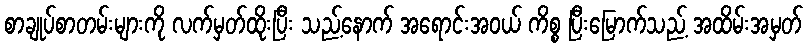
စာချုပ်စာတမ်းများကို လက်မှတ်ထိုးပြီး သည့်နောက် အရောင်းအဝယ် ကိစ္စ ပြီးမြောက်သည့် အထိမ်းအမှတ်